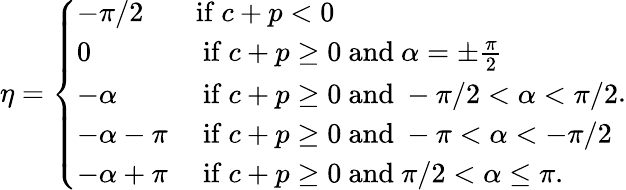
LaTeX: \eta=\left\{ \begin{array}{ll}{-\pi/2}&{\mathrm{if~}c+p<0}\\ {0}&{\mathrm{~if~}c+p\ge 0\mathrm{~and~}\alpha=\pm\frac{\pi}{2}}\\ {-\alpha}&{\mathrm{~if~}c+p\ge 0\mathrm{~and~}-\pi/2<\alpha<\pi/2}\\ {-\alpha-\pi}&{\mathrm{~if~}c+p\ge 0\mathrm{~and~}-\pi<\alpha<-\pi/2}\\ {-\alpha+\pi}&{\mathrm{~if~}c+p\ge 0\mathrm{~and~}\pi/2<\alpha\le\pi.}\end{array}\right..